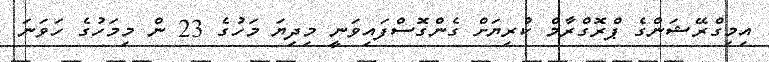
އިމިގްރޭޝަންގެ ޕްރޮގްރާމް ކުރިޔަށް ގެންގޮސްފައިވަނީ މިދިޔަ މަހުގެ 23 ން މިމަހުގެ ހަވަނަ